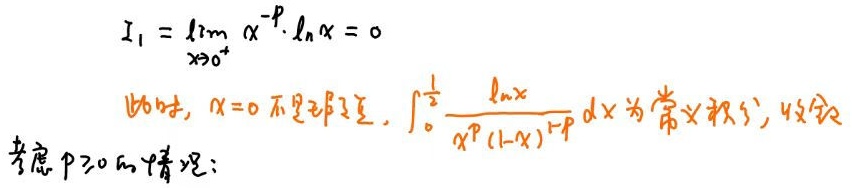
\[
I_1 = \lim_{x \to 0^{+}} x^{-p} \cdot \ln x = 0
\]
此时，$x = 0$ 不是瑕点，$\int_{0}^{\frac{1}{2}} \frac{\ln x}{x^{p}(1 - x)^{1 - p}} dx$ 为“常义积分”，收敛。
考虑 $p \geq 0$ 的情况：